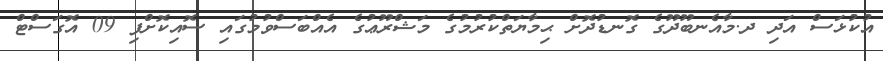
އުކުޅަސް އަދި ދ.މާއެނބޫދޫގެ ގޮނޑުދޮށް ޙިމާޔަތްކުރުމުގެ މަޝްރޫޢުގެ އެއްބަސްވުމުގައި ސޮއިކޮށްފި 09 އޮގަސްޓް